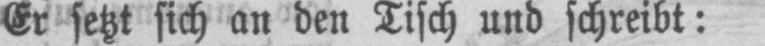
Er setzt sich an den Tisch und schreibt: